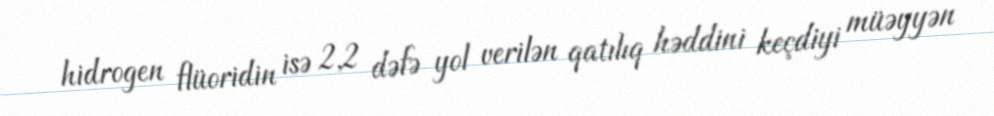
hidrogen flüoridin isə 2,2 dəfə yol verilən qatılıq həddini keçdiyi müəyyən